Report on vaccination in Madras 1877-1894 - 1877-1894
Year: 1877
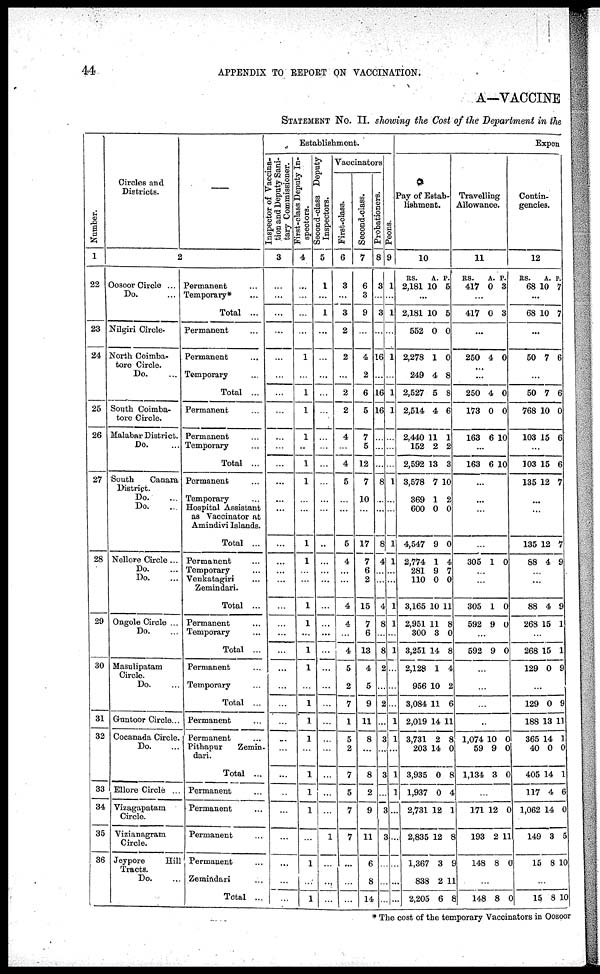
44
APPENDIX TO REPORT ON VACCINATION.
A—VACCINE
STATEMENT No. II. showing the Cost of the Department in the
Number.
1
22
23
24
25
26
27
28
29
30
31
32
33
34
35
36
Circles and
Districts.
—
2
Oosoor Circle ...
Do. ...
Nilgiri Circle.
North Coimba-
tore Circle.
Do. ...
South Coimba-
tore Circle.
Malabar District.
Do. ...
South
Canara
District.
Do. ...
Do. ...
Nellore Circle...
Do. ...
Do. ...
Ongole Circle ...
Do. ...
Masulipatam
Circle.
Do. ...
Guntoor Circle...
Cocanada Circle.
Do. ...
Ellore Circle ...
Vizagapatam
Circle.
Vizianagram
Circle.
Jeypore
Hill
Tracts.
Do. ...
Permanent ...
Temporary* ...
Total ...
Permanent ...
Permanent
...
Temporary ...
Total ...
Permanent ...
Permanent ...
Temporary ...
Total ...
Permanent ...
Temporary ...
Hospital Assistant
as Vaccinator at
Amindivi Islands.
Total ...
Permanent ...
Temporary ...
Venkatagiri
Zemindari. ...
Total ...
Permanent ...
Temporary ...
Total ...
Permanent ...
Temporary ...
Total ...
Permanent ...
Permanent ...
Pithapur
Zemin-
dari.
Total ...
Permanent ...
Permanent ...
Permanent ...
Permanent ...
Zemindari ...
Total ...
Establishment.
Inspector of Vaccina-
tion and Deputy Sani-
tary Commissioner.
3
...
...
...
...
...
...
...
...
...
...
...
...
...
...
...
...
...
...
...
...
...
...
...
...
...
...
...
...
...
...
...
...
...
...
...
First-class Deputy In-
spectors.
4
...
...
...
...
1
...
1
1
1
...
1
1
...
...
1
1
...
...
1
1
...
1
1
...
1
1
1
...
1
1
1
...
1
...
1
Second-class Deputy
Inspectors.
5
1
...
1
...
...
...
...
...
...
...
...
...
...
...
...
...
...
...
...
...
...
...
...
...
...
...
...
...
...
...
...
1
...
...
...
Vaccinators
First-class.
6
3
...
3
2
2
...
2
2
4
...
4
5
...
...
5
4
...
...
4
4
...
4
5
2
7
1
5
2
7
5
7
7
...
...
...
Second-class.
7
6
3
9
...
4
2
6
5
7
5
12
7
10
...
17
7
6
2
15
7
6
13
4
5
9
11
8
...
8
2
9
11
6
8
14
Probationers.
8
3
...
3
...
16
...
16
16
...
...
...
8
...
...
8
4
...
...
4
8
...
8
2
...
2
...
3
...
3
...
3
3
...
...
...
Peons.
9
1
...
1
...
1
...
1
1
...
...
...
1
...
...
1
1
...
...
1
1
...
1
...
...
...
1
1
...
1
1
...
...
...
...
...
Expen
Pay of Estab-
lishment.
10
RS.
2,181
A.
10
P.
5
...
2,181
552
2,278
249
2,527
2,514
2,440
152
2,592
3,578
369
600
4,547
2,774
281
110
3,165
2,951
300
3,251
2,128
956
3,084
2,019
3,731
203
3,935
1,937
2,731
2,835
1,367
838
2,205
10
0
1
4
5
4
11
2
13
7
1
0
9
1
9
0
10
11
3
14
1
10
11
14
2
14
0
0
12
12
3
2
6
5
0
0
8
8
6
1
2
3
10
2
0
0
4
7
0
11
8
0
8
4
2
6
11
8
0
8
4
1
8
9
11
8
Travelling
Allowance.
11
RS.
417
A.
0
P.
3
...
417 0 3
...
250 4 0
...
250
173
163
4
0
6
0
0
10
...
163 6 10
...
...
...
...
305 1 0
...
...
305
592
1
9
0
0
...
592 9 0
...
...
...
..
1,074
59
1,134
10
9
3
0
0
0
...
171
193
148
12
2
8
0
11
0
...
148 8 0
Contin-
gencies.
12
RS.
68
A.
10
P.
7
...
68 10 7
...
50 7 6
...
50
768
103
7
10
15
6
0
6
...
103
135
15
12
6
7
...
...
135
88
12
4
7
9
...
...
88
268
4
15
9
1
...
268
129
15
0
1
9
...
129
188
365
40
405
117
1,062
149
15
0
13
14
0
14
4
14
3
8
9
11
1
0
1
6
0
5
10
...
15 8 10
* The cost of the temporary Vaccinators in Oosoor